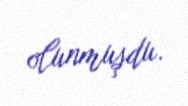
olunmuşdu.